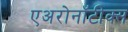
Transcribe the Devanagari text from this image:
एअरोनॉटीक्स